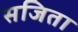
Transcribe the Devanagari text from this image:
सजिता